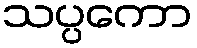
သပ္ပကော